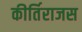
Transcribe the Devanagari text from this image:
कीर्तिराजस